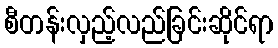
စီတန်းလှည့်လည်ခြင်းဆိုင်ရာ